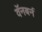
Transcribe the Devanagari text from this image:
वॅनबर्न